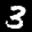
Label: 3